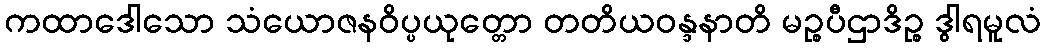
ကထာဒေါသော သံယောဇနဝိပ္ပယုတ္တော တတိယဝန္ဒနာတိ မဉ္စပီဌာဒိဉ္စ ဒွါရမူလံ